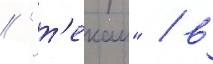
// "т'екаи" / в